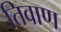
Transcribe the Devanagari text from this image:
तिवाण